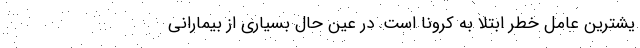
یشترین عامل خطر ابتلا به کرونا است. در عین حال بسیاری از بیمارانی